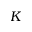
K